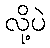
လို့ပဲ